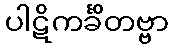
ပါဋိကင်္ခိတဗ္ဗာ